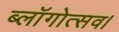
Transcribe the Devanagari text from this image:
ब्लॉगोत्सव।